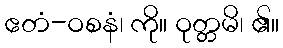
ဧတံ-ဝစနံ၊ ကို။ ဝုတ္တမိ၊ ၏။